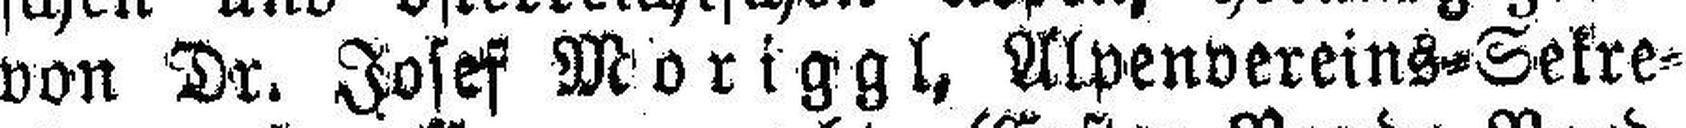
von Dr. Josef Moriggl, Alpenvereins=Sekre¬